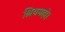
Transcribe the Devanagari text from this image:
श्रियमहो।